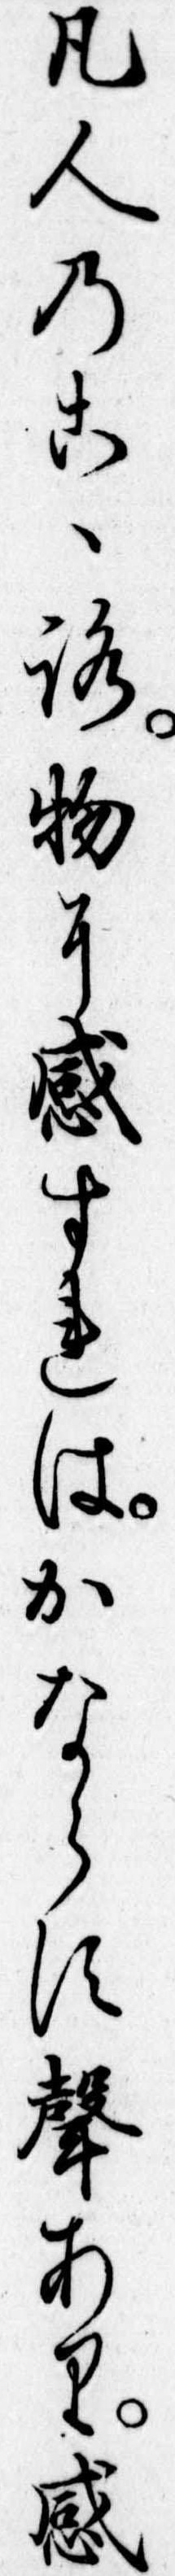
凡人のこゝろ物に感すれはかならす声あり感